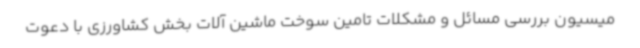
میسیون بررسی مسائل و مشکلات تامین سوخت ماشین آلات بخش کشاورزی با دعوت